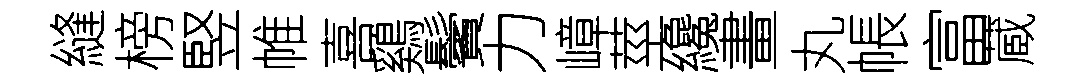
縫榜竪帷喜鷄鬢力嶂莖纔畫丸帳富蔵